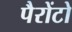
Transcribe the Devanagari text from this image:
पैरोंटो